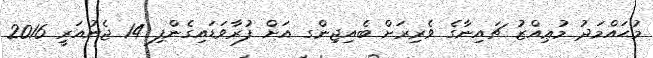
މުޙައްމަދު މުޢިއްޒު ޗައިނާގެ ވެރިރަށް ބެއިޖިންގ އަށް ފުރާވަޑައިގެންފި 14 ޖެނުއަރީ 2016